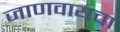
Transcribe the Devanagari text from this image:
जाणवायचा